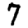
Digit: 7